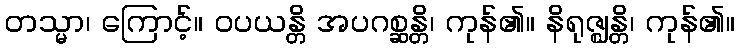
တသ္မာ၊ ကြောင့်။ ဝပယန္တိ အပဂစ္ဆန္တိ၊ ကုန်၏။ နိရုဇ္ဈန္တိ၊ ကုန်၏။